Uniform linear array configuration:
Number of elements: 8
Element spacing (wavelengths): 0.5
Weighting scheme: cosine
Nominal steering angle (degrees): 45
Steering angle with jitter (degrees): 43.899
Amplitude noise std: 0.05
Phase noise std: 0.05

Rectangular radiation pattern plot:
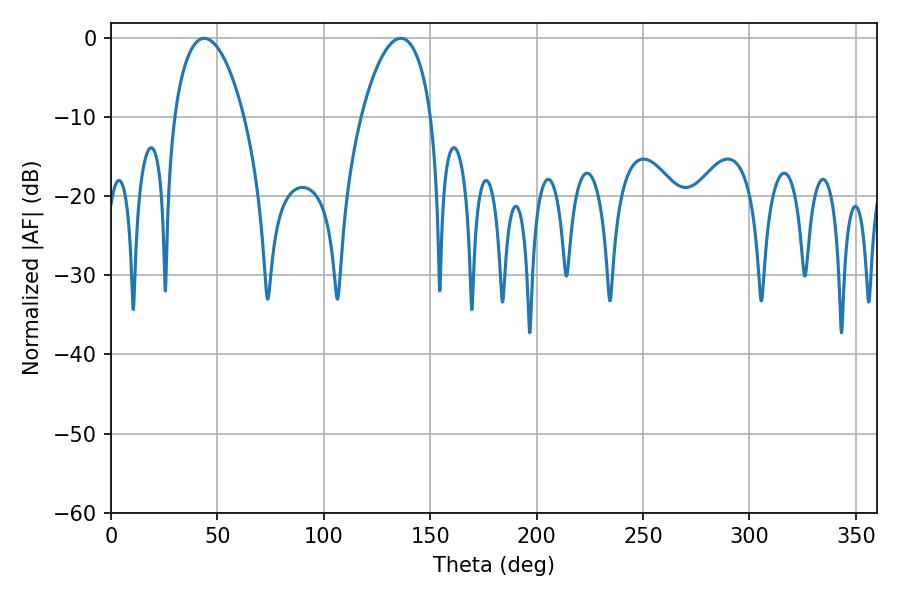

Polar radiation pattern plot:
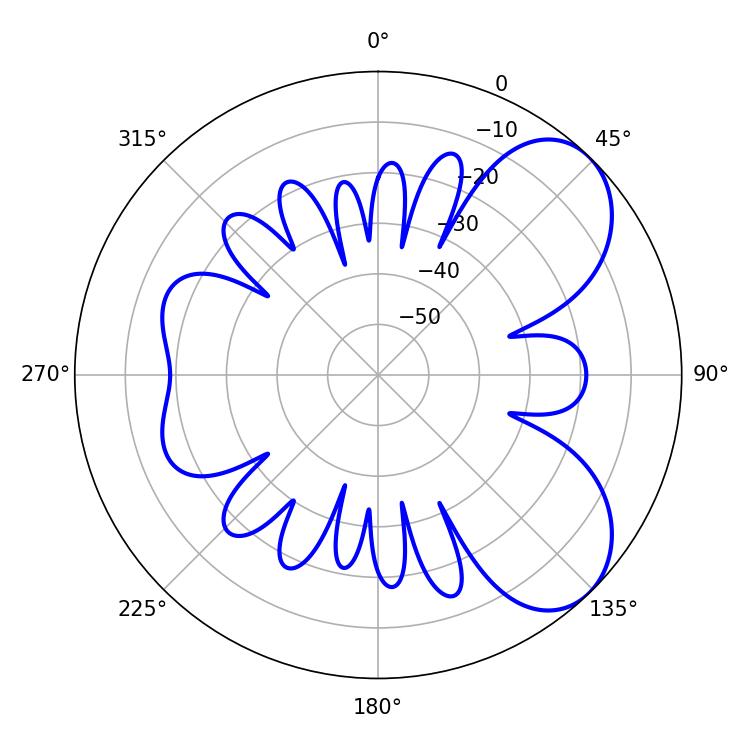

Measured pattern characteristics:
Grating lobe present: FALSE
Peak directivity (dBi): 6.412
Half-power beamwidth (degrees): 18.54
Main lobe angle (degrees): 136.08